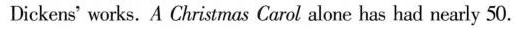
Dickens' works.A Christmas Carol alone has had nearly 50.